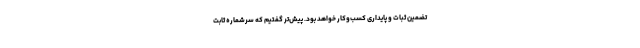
تضمین ثبات و پایداری کسب‌وکار خواهد بود. پیش‌تر گفتیم که سرشماره ثابت